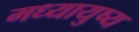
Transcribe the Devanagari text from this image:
मध्यायुष्य